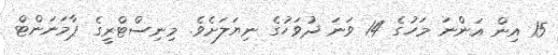
15 އިން އަންނަ މަހުގެ 14 ވަނަ ދުވަހުގެ ނިޔަލަށެވެ. މިނިސްޓްރީގެ ޕާމަނަންޓް